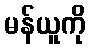
မန်ယူကို